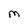
Character: M